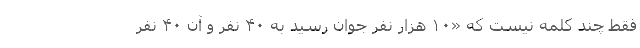
فقط چند کلمه نیست که «۱۰ هزار نفر جوان رسید به ۴۰ نفر و آن ۴۰ نفر